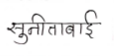
मजकूर: सुनीता बाई